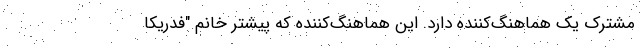
مشترک یک هماهنگ‌کننده دارد. این هماهنگ‌کننده که پیشتر خانم "فدریکا